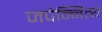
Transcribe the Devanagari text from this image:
जपेन्नित्यं